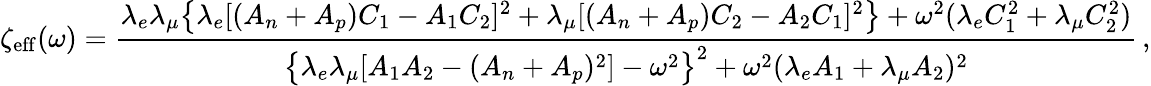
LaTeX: \zeta_{\mathrm{eff}}(\omega)=\frac{\lambda_{e}\lambda_{\mu}\big\{ \lambda_{e}[(A_{n}+A_{p})C_{1}-A_{1}C_{2}]^{2}+\lambda_{\mu}[(A_{n}+A_{p})C_{2}-A_{2}C_{1}]^{2}\big\} +\omega^{2}(\lambda_{e}C_{1}^{2}+\lambda_{\mu}C_{2}^{2})}{\big\{ \lambda_{e}\lambda_{\mu}[A_{1}A_{2}-(A_{n}+A_{p})^{2}]-\omega^{2}\big\} ^{2}+\omega^{2}(\lambda_{e}A_{1}+\lambda_{\mu}A_{2})^{2}}\, ,